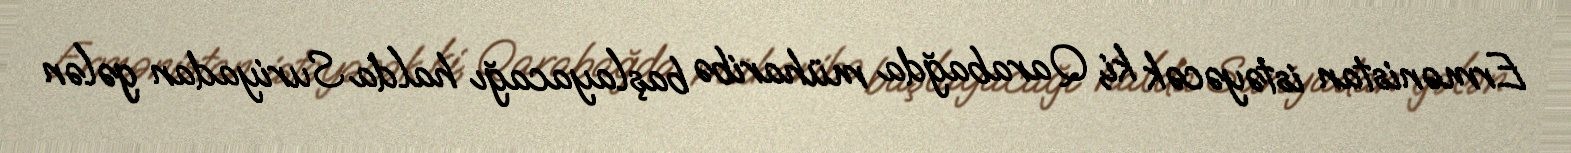
Ermənistan istəyəcək ki, Qarabağda müharibə başlayacağı halda Suriyadan gələn